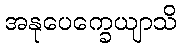
အနုပေက္ခေယျာသိ